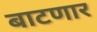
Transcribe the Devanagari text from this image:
बाटणार